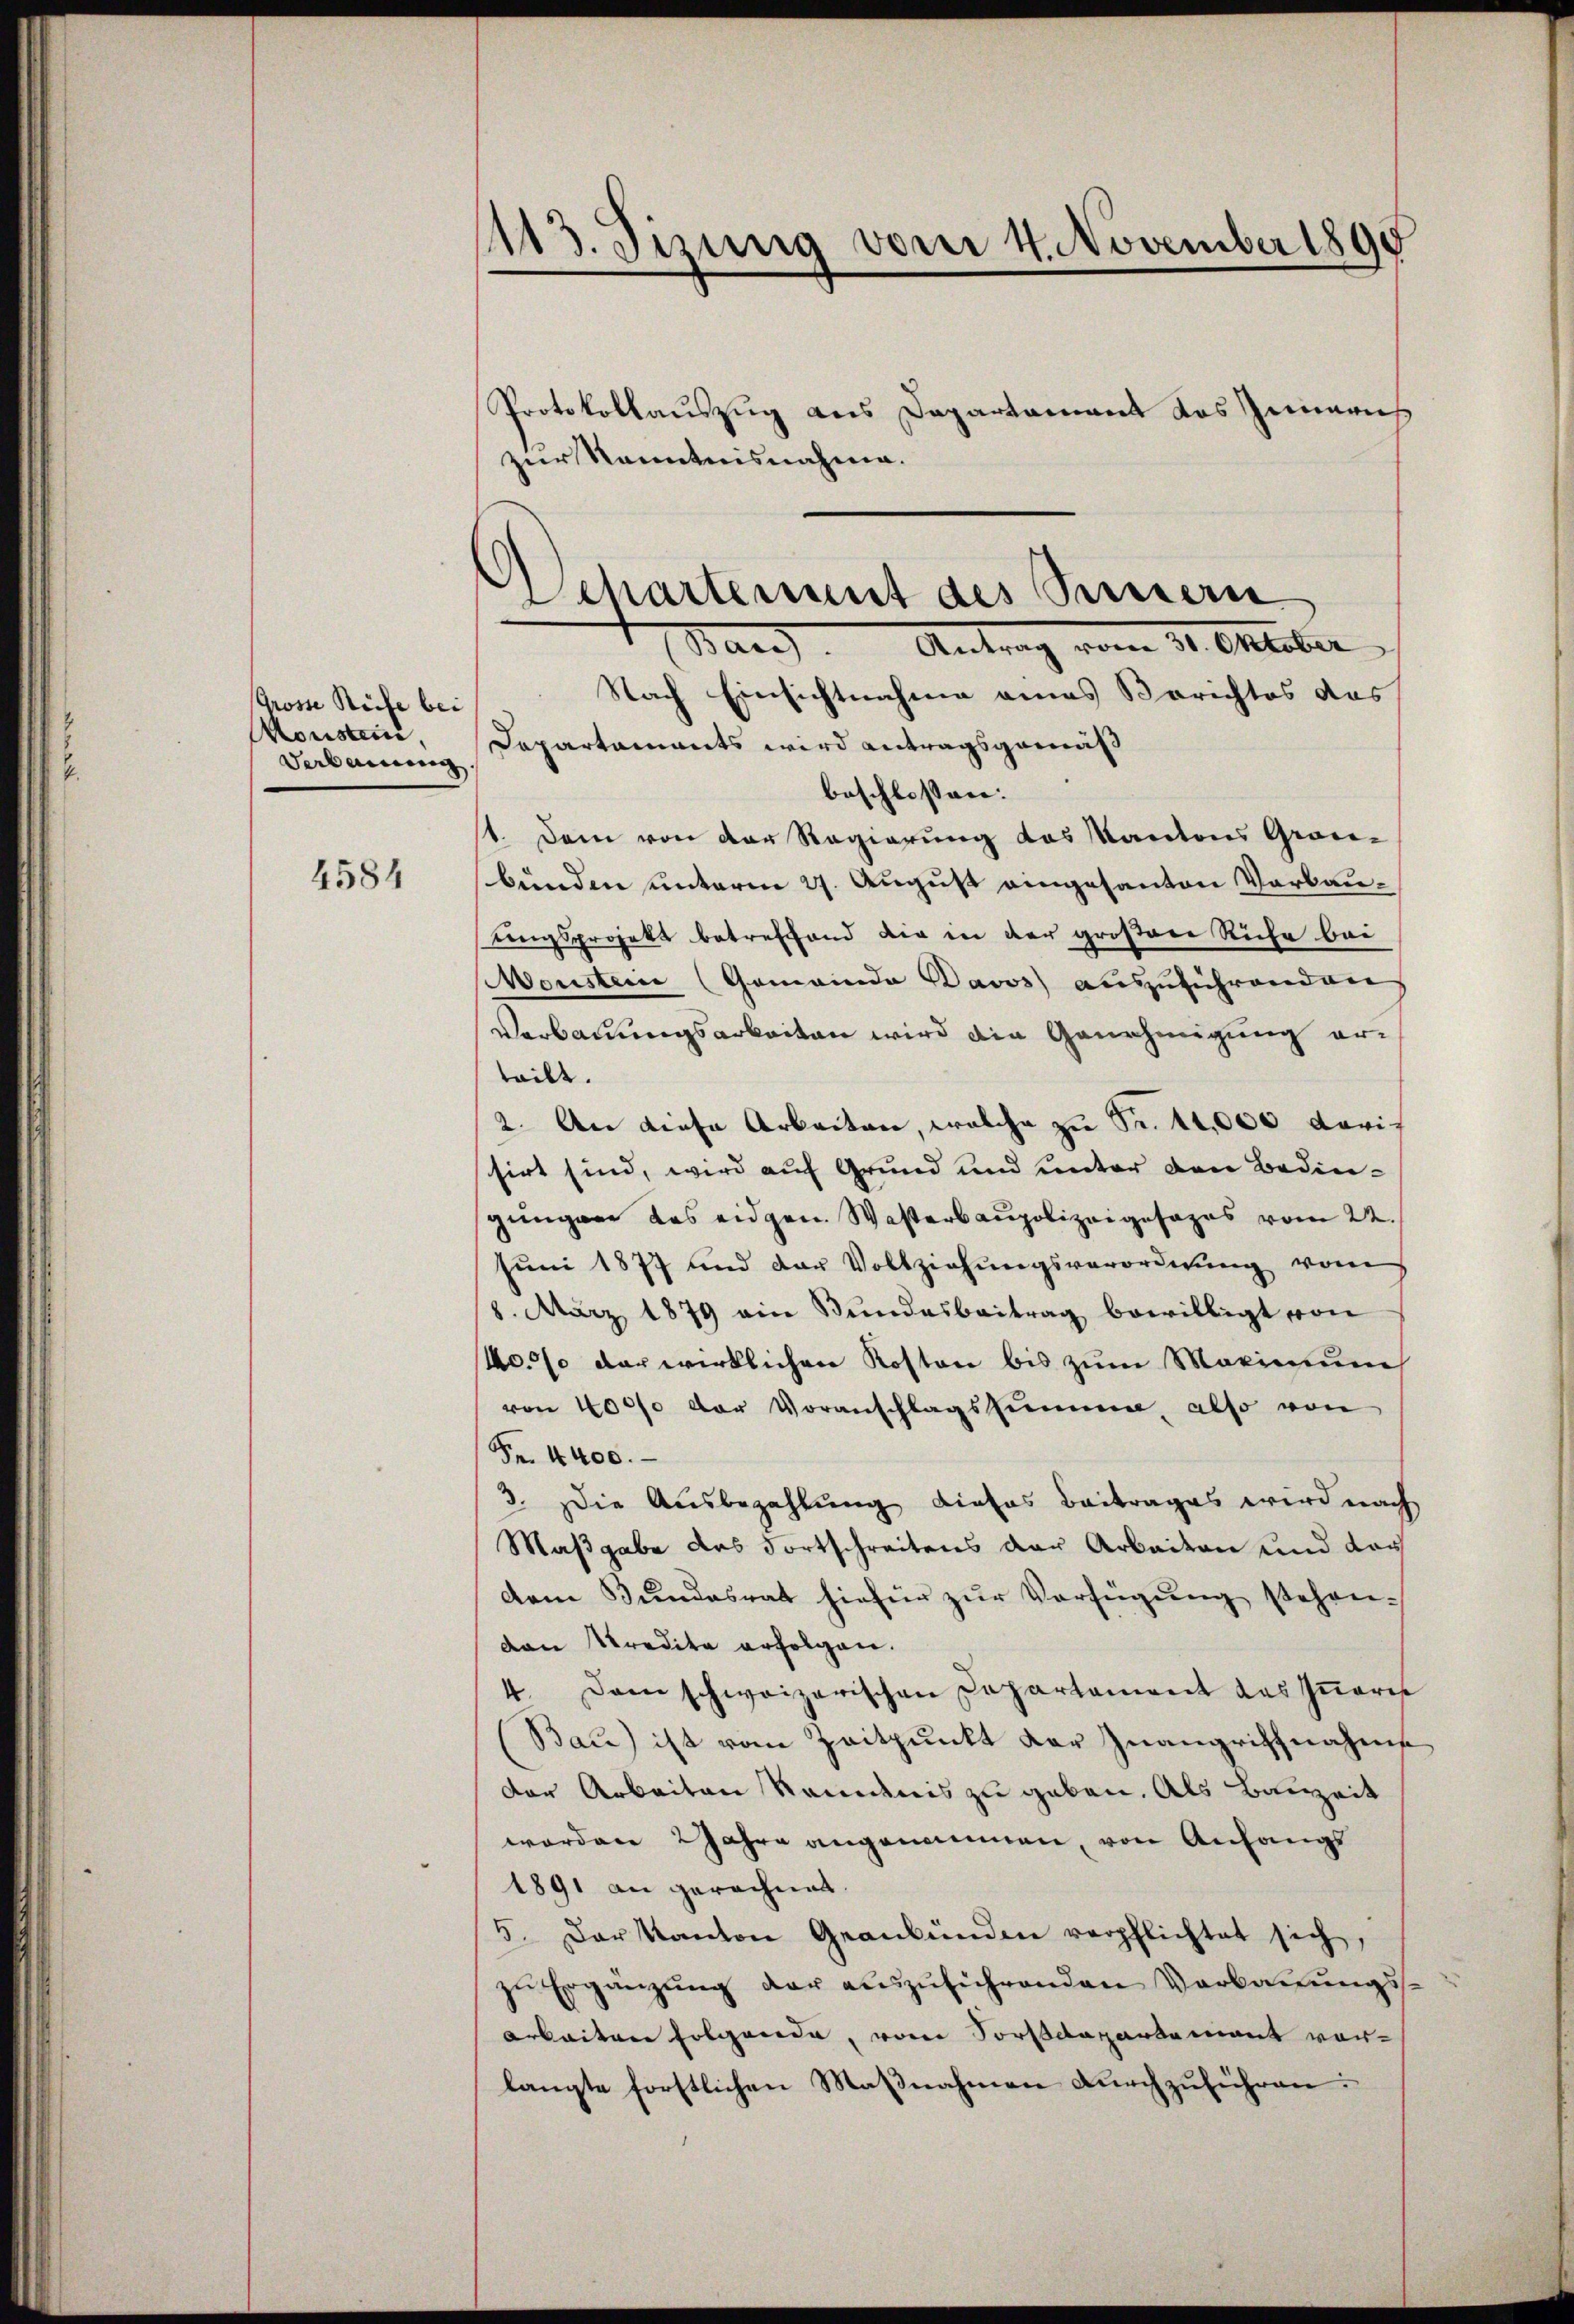
Grosse Reife bei
Koustice,
Verbauung

4584

1113. Sizung vom 4. November 1890

Protokollauszug aus Departament das Inneris
zur Kenntnisnahme.
Bar. Antrag vom 31. Oktober
Nach Einsichtnahme eines Berichtes das
Dapartaments wird antragsgemäß
beschlossen:
1. Dem von der Regierung das Kantons Grosbunden unterm 27. August eingesanten Verbautingsprojekt betreffend die in der größere Riche bei
Meusten (Gemeinde Pavos auszuführenden
Verbauungsarbeiten wird die Genehmigung erteilt.
2. An diese Arbeiten, welche zu Fr. 14,000 daris
sirt sind, wird auf Grund und unter den Bedingungen das eidgen. Wasterbaupolizeigesages vom 22.
Juni 1877 und der Vollziehŭngsverordnŭng vom
8. März 1879 ein Bŭndesbeitrag bewilligt von
40% der wirklichen Kosten bis zum Maximum
von 4000 der Voranschlagssumme, also von
Fr. 4400.
3. Die Ausbezahlung dieses Beitrages wird nach
Maßgabe das Fortschreitens der Arbeiten und das
dem Bundesrat hiefür zŭr Verfügŭng stehenven Kredita erfolgen.
4. Dann schweizerischen Capartament des Iṅeres
Bau) ist vom Zeitpunkt der Inangriffnahme
der Arbeiten Randnis zu geben. Als Bauzeit
worden 2 Jahre angenommen, von Anfangs
1891 an gerechnet.
5. Der Kanton Geanbünden verpflichtet sich,
zu Ergänzung der auszuführenden Verbauungs¬
Arbeiten folgende, von Forstdepartement vorlangte forstlichen Maßnahmen durchzuführen:

chartement des Seitern